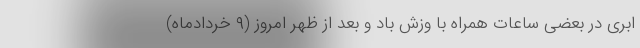
ابری در بعضی ساعات همراه با وزش باد و بعد از ظهر امروز (۹ خردادماه)